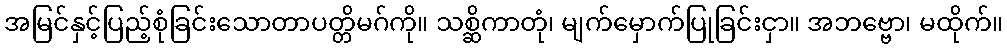
အမြင်နှင့်ပြည့်စုံခြင်းသောတာပတ္တိမဂ်ကို။ သစ္ဆိကာတုံ၊ မျက်မှောက်ပြုခြင်းငှာ။ အဘဗ္ဗော၊ မထိုက်။